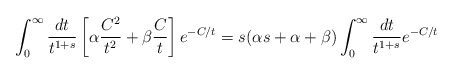
\begin{align*} \int_0^{\infty} \frac{dt}{t^{1+s}} \left[\alpha \frac{C^2}{t^2} + \beta \frac{C}{t} \right] e^{ - C/t}= s( \alpha s+ \alpha + \beta ) \int_0^{\infty}\frac{dt}{t^{1+s}} e^{-C/t}\end{align*}